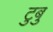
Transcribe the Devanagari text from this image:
टुबु